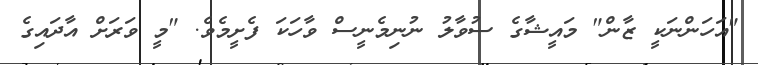
"އަހަންނަކީ ޒާން" މައީޝާގެ ސުވާލު ނުނިމެނީސް ވާހަކަ ފެށީމެވެ. "މީ ވަރަށް އާދައިގެ